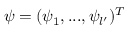
\psi = ( \psi _ { 1 } , . . . , \psi _ { l ^ { \prime } } ) ^ { T }